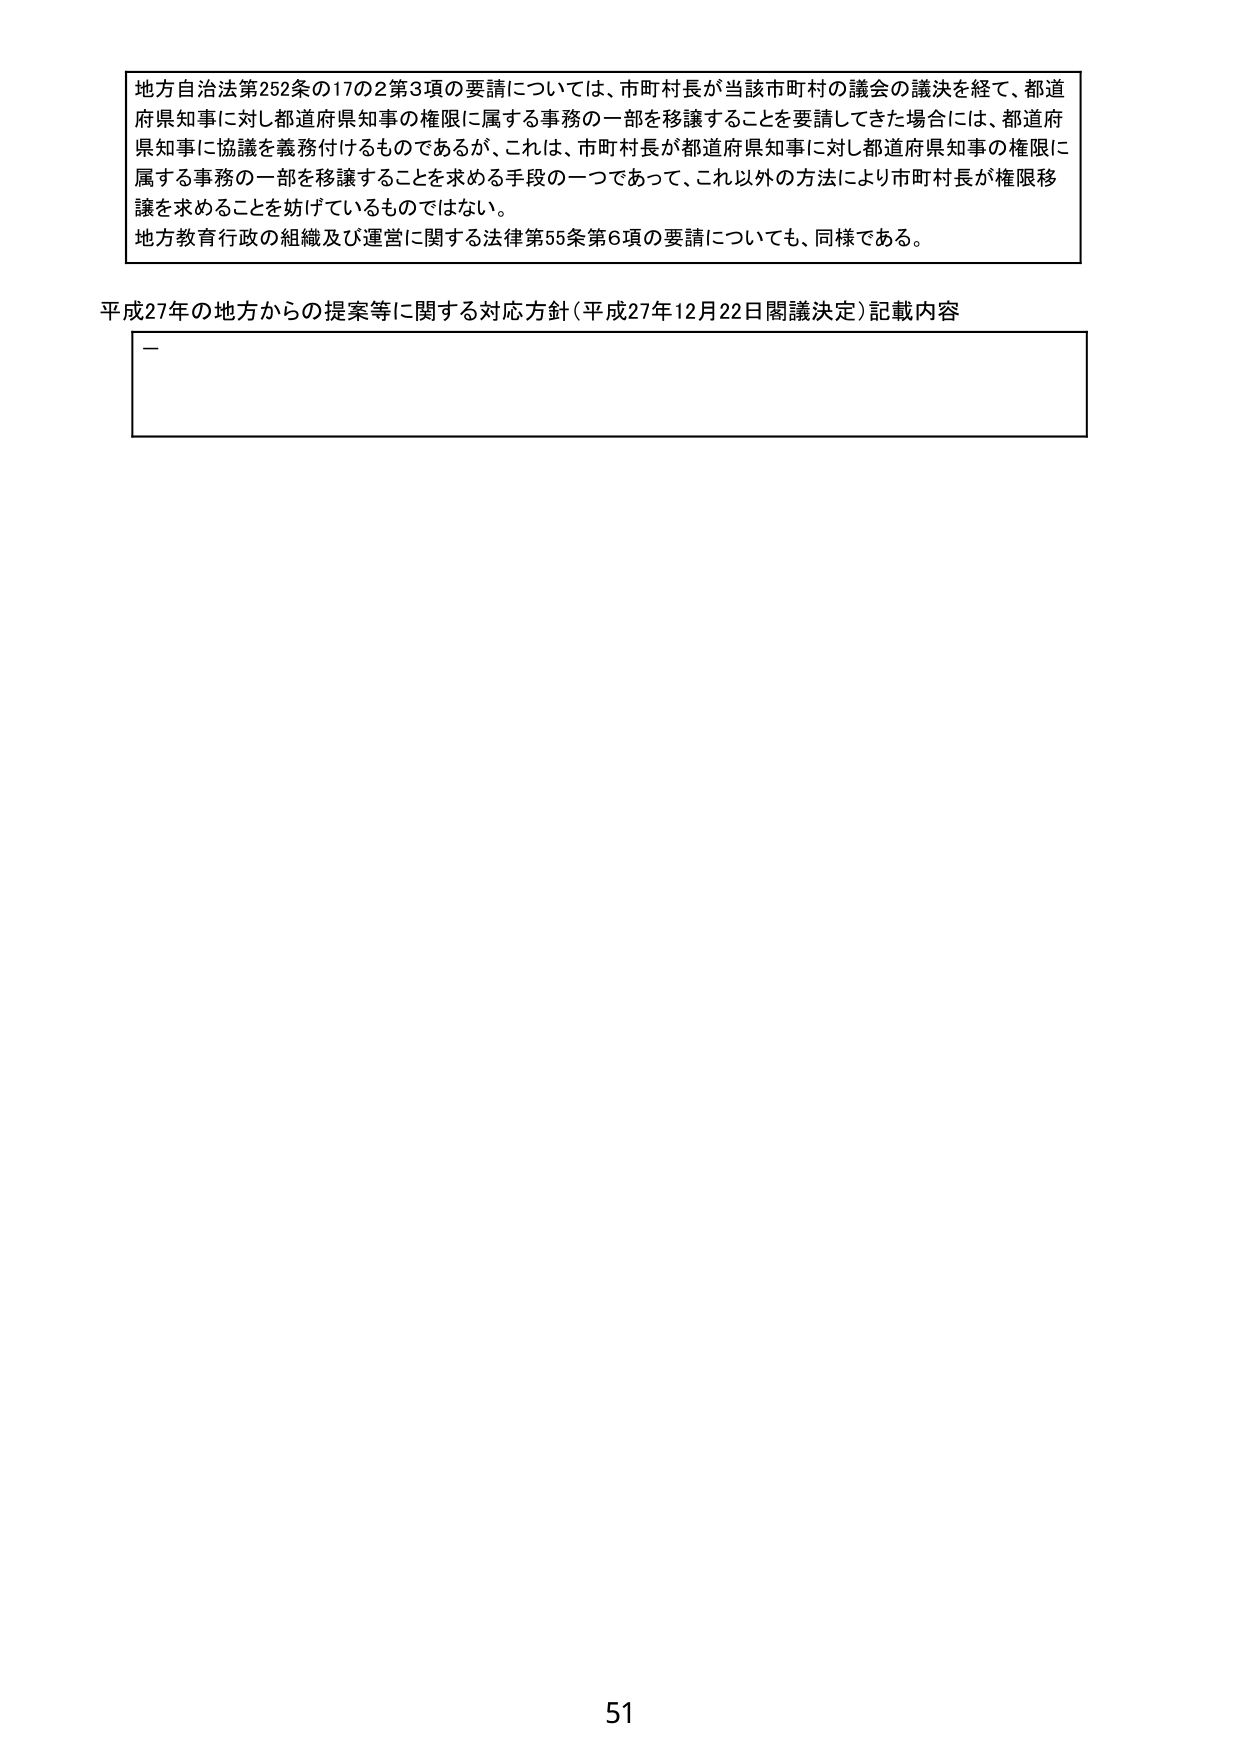
地方自治法第252条の17の2第3項の要請については、市町村長が当該市町村の議会の議決を経て、都道府県知事に対し都道府県知事の権限に属する事務の一部を移譲することを要請してきた場合には、都道府県知事に協議を義務付けるものであるが、これは、市町村長が都道府県知事に対し都道府県知事の権限に属する事務の一部を移譲することを求める手段の一つであって、これ以外の方法により市町村長が権限移譲を求めることを妨げているものではない。

地方教育行政の組織及び運営に関する法律第55条第6項の要請についても、同様である。

平成27年の地方からの提案等に関する対応方針（平成27年12月22日閣議決定）記載内容

51